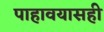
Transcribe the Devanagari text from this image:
पाहावयासही